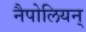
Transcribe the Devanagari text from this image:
नैपोलियन्